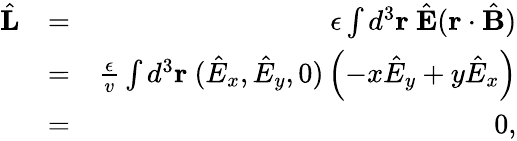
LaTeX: \begin{array}{rlr}{\hat{\mathbf L}}&{=}&{\epsilon\int d^{3}{\mathbf r}\ \hat{\mathbf E}({\mathbf r}\cdot\hat{\mathbf B})}\\ &{=}&{\frac{\epsilon}{v}\int d^{3}{\mathbf r}\ (\hat{E}_{x},\hat{E}_{y},0)\left(-x\hat{E}_{y}+y\hat{E}_{x}\right)}\\ &{=}&{0,}\end{array}